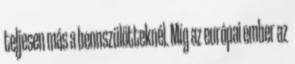
teljesen más a bennszülötteknél. Míg az európai ember az